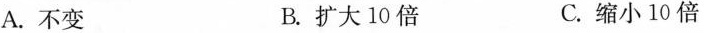
A.不变 B.扩大10倍 C.缩小10倍